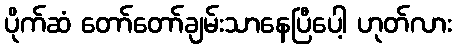
ပိုက်ဆံ တော်တော်ချမ်းသာနေပြီပေါ့ ဟုတ်လား